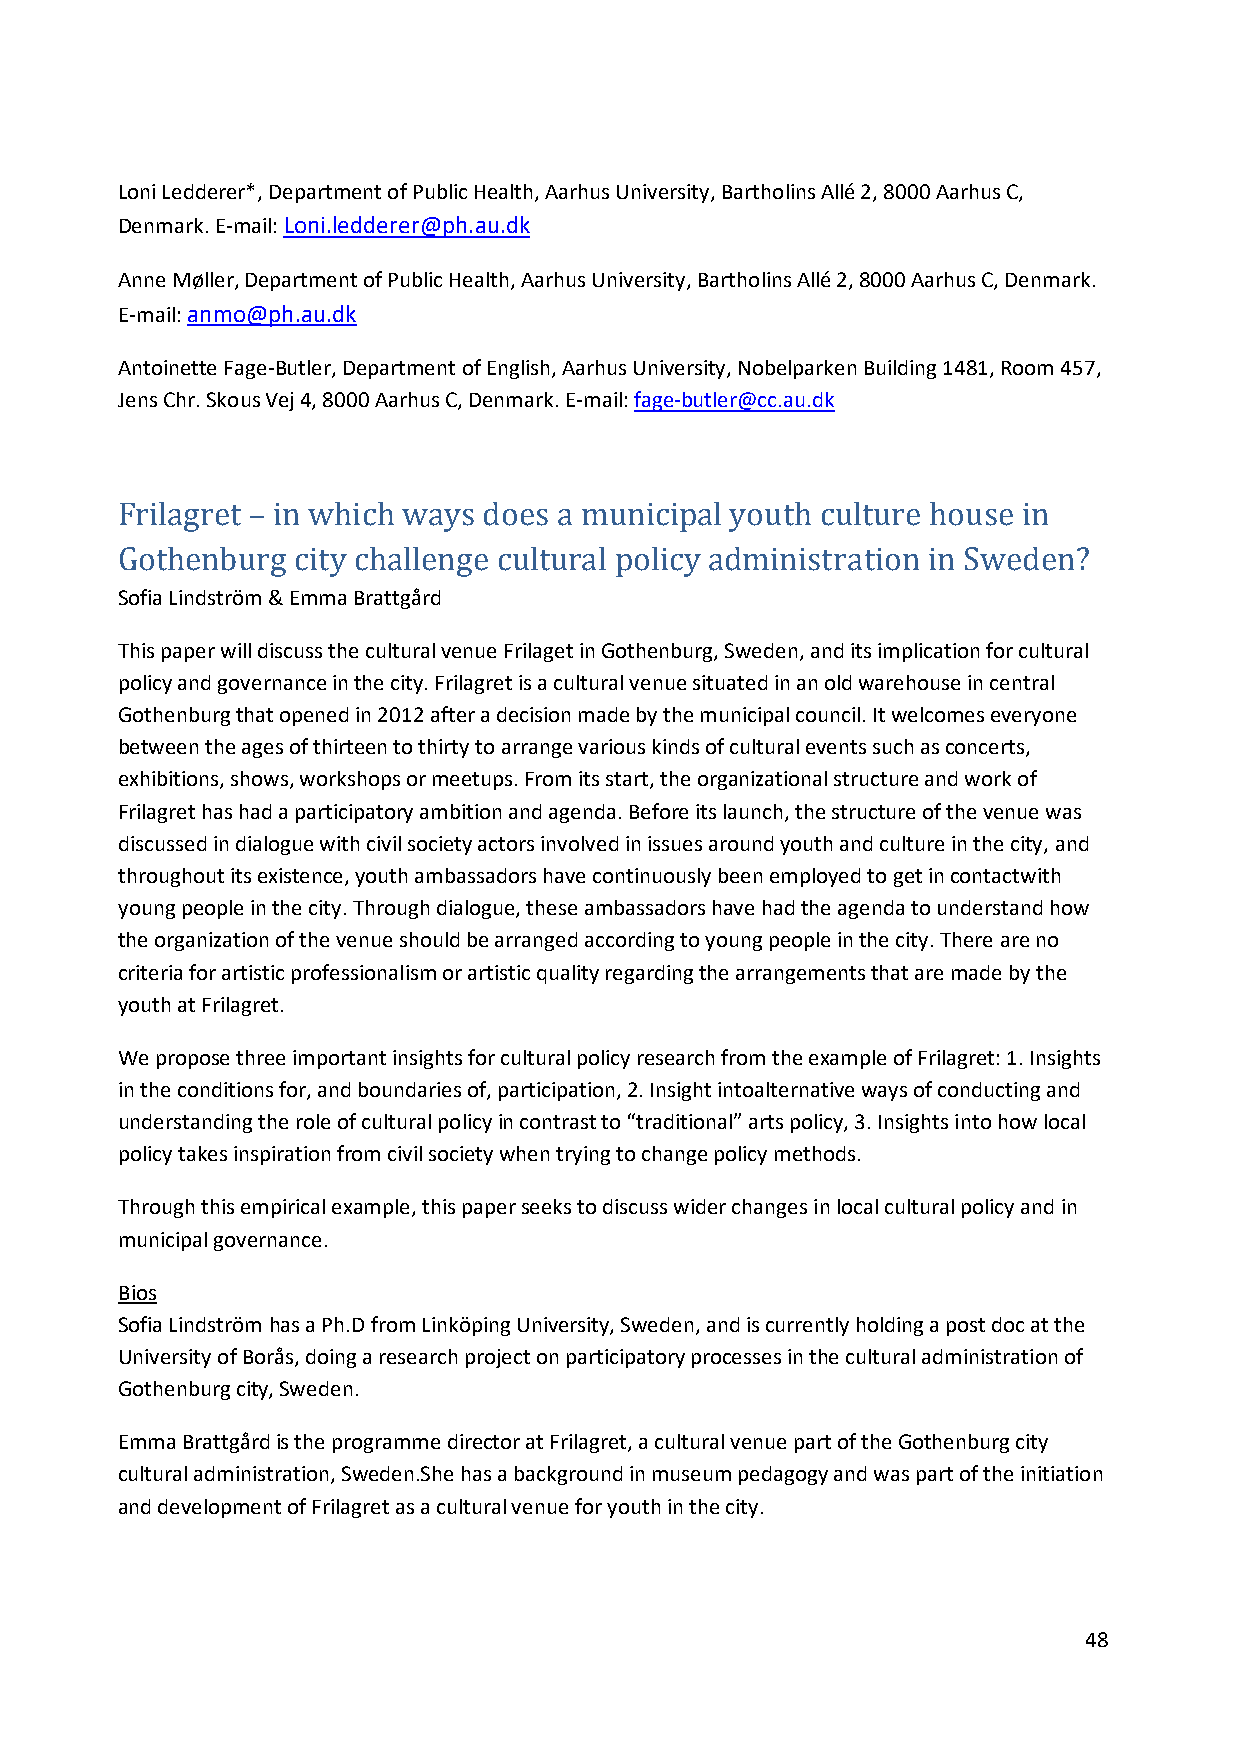
Loni Ledderer*, Department of Public Health, Aarhus University, Bartholins Allé 2, 8000 Aarhus C,
 Denmark. E-mail: Loni.ledderer@ph.au.dk
 Anne Møller, Department of Public Health, Aarhus University, Bartholins Allé 2, 8000 Aarhus C, Denmark.
 E-mail: anmo@ph.au.dk
 Antoinette Fage-Butler, Department of English, Aarhus University, Nobelparken Building 1481, Room 457,
 Jens Chr. Skous Vej 4, 8000 Aarhus C, Denmark. E-mail: fage-butler@cc.au.dk
 Frilagret – in which ways does a municipal youth culture house in
 Sofia Lindström & Emma Brattgård
 Gothenburg city challenge cultural policy administration in Sweden?
 This paper will discuss the cultural venue Frilaget in Gothenburg, Sweden, and its implication for cultural
 policy and governance in the city. Frilagret is a cultural venue situated in an old warehouse in central
 Gothenburg that opened in 2012 after a decision made by the municipal council. It welcomes everyone
 between the ages of thirteen to thirty to arrange various kinds of cultural events such as concerts,
 exhibitions, shows, workshops or meetups. From its start, the organizational structure and work of
 Frilagret has had a participatory ambition and agenda. Before its launch, the structure of the venue was
 discussed in dialogue with civil society actors involved in issues around youth and culture in the city, and
 throughout its existence, youth ambassadors have continuously been employed to get in contactwith
 young people in the city. Through dialogue, these ambassadors have had the agenda to understand how
 the organization of the venue should be arranged according to young people in the city. There are no
 criteria for artistic professionalism or artistic quality regarding the arrangements that are made by the
 youth at Frilagret.
 We propose three important insights for cultural policy research from the example of Frilagret: 1. Insights
 in the conditions for, and boundaries of, participation, 2. Insight intoalternative ways of conducting and
 understanding the role of cultural policy in contrast to “traditional” arts policy, 3. Insights into how local
 policy takes inspiration from civil society when trying to change policy methods.
 Through this empirical example, this paper seeks to discuss wider changes in local cultural policy and in
 municipal governance.
 Bios
 Sofia Lindström has a Ph.D from Linköping University, Sweden, and is currently holding a post doc at the
 University of Borås, doing a research project on participatory processes in the cultural administration of
 Gothenburg city, Sweden.
 Emma Brattgård is the programme director at Frilagret, a cultural venue part of the Gothenburg city
 cultural administration, Sweden.She has a background in museum pedagogy and was part of the initiation
 and development of Frilagret as a cultural venue for youth in the city.
 48